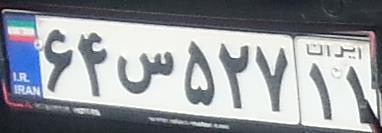
۶۴س۵۲۷۱۱